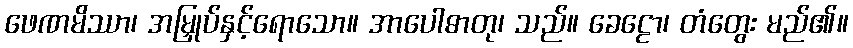
ဖေဏမိဿာ၊ အမြှုပ်နှင့်ရောသော။ အာပေါဓာတု၊ သည်။ ခေဠော၊ တံတွေး မည်၏။